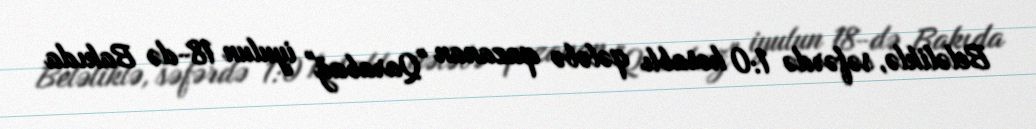
Beləliklə, səfərdə 1:0 hesablı qələbə qazanan "Qarabağ" iyulun 18-də Bakıda